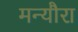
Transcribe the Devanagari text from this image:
मन्यौरा